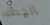
الخطاف